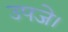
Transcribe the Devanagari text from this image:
उपजे।